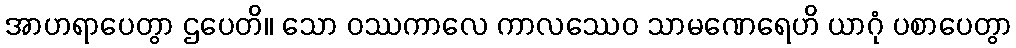
အာဟရာပေတွာ ဌပေတိ။ သော ဝဿကာလေ ကာလဿေဝ သာမဏေရေဟိ ယာဂုံ ပစာပေတွာ